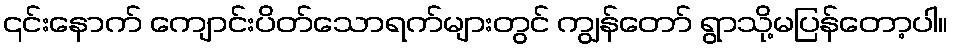
၎င်းနောက် ကျောင်းပိတ်သောရက်များတွင် ကျွန်တော် ရွာသို့မပြန်တော့ပါ။